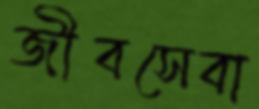
জীবসেবা